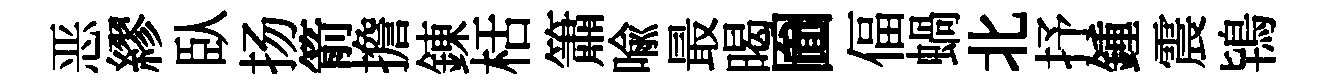
恶繆臥扬箭擔錬栝簫喩最暍圗偪蝸北抒鍾震鴇